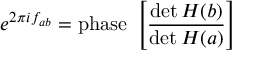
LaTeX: e ^ { 2 \pi i f _ { a b } } = \mathrm { p h a s e ~ } \left[ \frac { \operatorname * { d e t } H ( b ) } { \operatorname * { d e t } H ( a ) } \right]